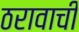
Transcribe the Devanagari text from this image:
ठरावाची